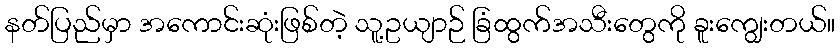
နတ်ပြည်မှာ အကောင်းဆုံးဖြစ်တဲ့ သူ့ဥယျာဉ် ခြံထွက်အသီးတွေကို ခူးကျွေးတယ်။